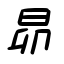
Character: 昴